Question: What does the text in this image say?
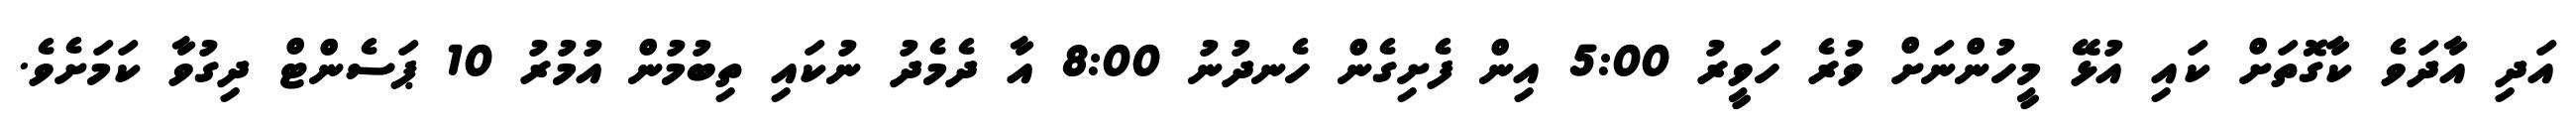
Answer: އަދި އާދަވެ ކާގޮތަށް ކައި އުޅޭ މީހުންނަށް ވުރެ ހަވީރު 5:00 އިން ފެށިގެން ހެނދުނު 8:00 އާ ދެމެދު ނުކައި ތިބުމުން އުމުރު 10 ޕަސެންޓް ދިގުވާ ކަމަށެވެ.